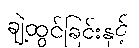
ချဲ့ထွင်ခြင်းနှင့်